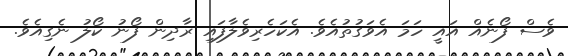
ވެސް ފޯނެއް އައީ ހަމަ އެވަގުތުއެވެ. އެކަހެރިވެލާފައި ރާދިން ފޯނު ކޯލު ނެގިއެވެ.